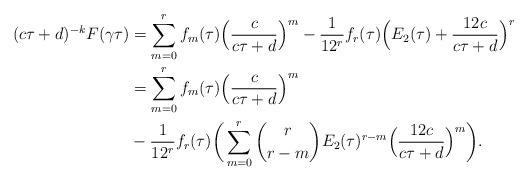
LaTeX: \begin{align*}(c\tau+d)^{-k}F(\gamma\tau)&= \sum_{m=0}^r f_m(\tau)\Big(\frac{c}{c\tau+d}\Big)^m - \frac{1}{12^r}f_r(\tau)\Big(E_2(\tau) + \frac{12c}{c\tau+d}\Big)^r\\&= \sum_{m=0}^r f_m(\tau)\Big(\frac{c}{c\tau+d}\Big)^m \\&-\frac{1}{12^r}f_r(\tau) \bigg(\sum_{m=0}^r {r \choose {r-m}}E_2(\tau)^{r-m}\Big(\frac{12c}{c\tau+d}\Big)^{m}\bigg).\end{align*}